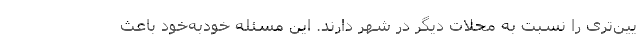
یین‌تری را نسبت به محلات دیگر در شهر دارند. این مسئله خودبه‌خود باعث